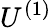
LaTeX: U^{(1)}